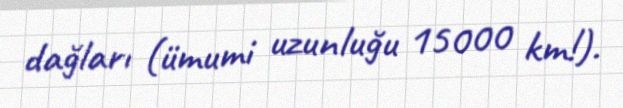
dağları (ümumi uzunluğu 15000 km!).